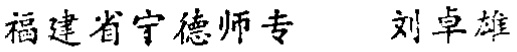
福建省宁德师专 刘卓雄